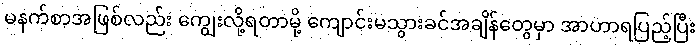
မနက်စာအဖြစ်လည်း ကျွေးလို့ရတာမို့ ကျောင်းမသွားခင်အချိန်တွေမှာ အာဟာရပြည့်ပြီး